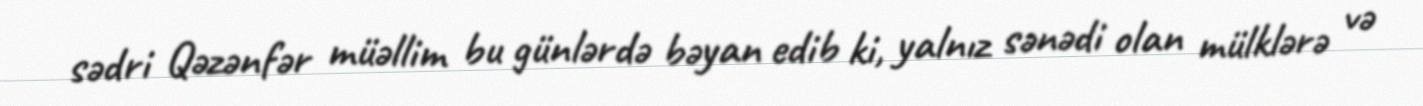
sədri Qəzənfər müəllim bu günlərdə bəyan edib ki, yalnız sənədi olan mülklərə və